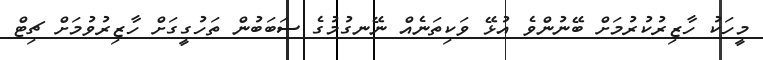
މީހަކު ހާޒިރުކުރުމަށް ބޭނުންވެ އުޅޭ ވަކިތަނެއް ނޭނގުމުގެ ސަބަބުން ތަހުގީގަށް ހާޒިރުވުމަށް ޗިޓް